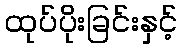
ထုပ်ပိုးခြင်းနှင့်